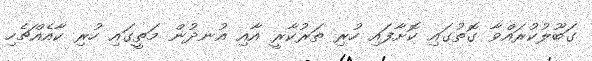
ގަބޫލުކުރައްވާ ގޮތުގައި ކޮށާފައި ހުރި ތަރުކާރީ އާއި އުނދުން މަތީގައި ހުރި ކާއެއްޗެހި